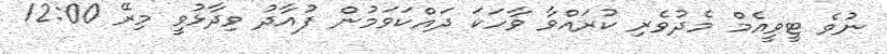
ނުވެ ޓީވީއެމް މެދުވެރި ކުރައްވާ ވާހަކަ ދައްކަވަމުން ފުއާދު ވިދާޅުވީ މިރޭ 12:00